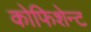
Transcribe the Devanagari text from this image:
कोफिशेन्ट